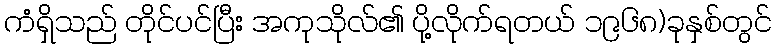
ကံရှိသည် တိုင်ပင်ပြီး အကုသိုလ်၏ ပို့လိုက်ရတယ် ၁၉၆၈)ခုနှစ်တွင်